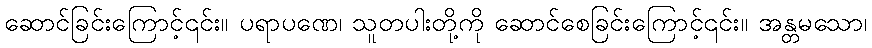
ဆောင်ခြင်းကြောင့်၎င်း။ ပရာပဏေ၊ သူတပါးတို့ကို ဆောင်စေခြင်းကြောင့်၎င်း။ အန္တမသော၊